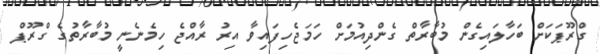
ގްރޫޕަކަށް ބަހާލައިގެން މުބާރާތް ގެންދިއުމަށް ހަމަޖެހިފައިވާ އިރު ރާއްޖެ ހިމެނެނީ މުބާރާތުގެ ގްރޫޕް